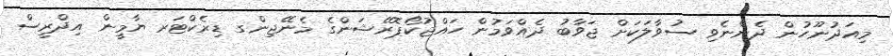
މިއަދުނޫހުން ދެންނެވި ސުވާލަކަށް ޖަވާބު ދެއްވަމުން ހައްޖުކޯޕޮރޭޝަންގެ މެނޭޖިންގ ޑިރެކްޓަރ ޔާމީން އިދްރީސް